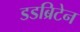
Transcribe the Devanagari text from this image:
डडब्रिटेन